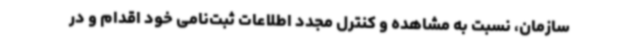
سازمان، نسبت به مشاهده و کنترل مجدد اطلاعات ثبت‌نامی خود اقدام و در